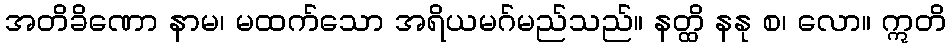
အတိခိဏော နာမ၊ မထက်သော အရိယမဂ်မည်သည်။ နတ္ထိ နနု စ၊ လော။ ဣတိ